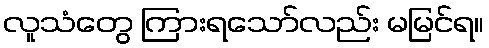
လူသံတွေ ကြားရသော်လည်း မမြင်ရ။